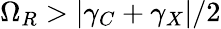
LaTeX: \Omega_{R}>|\gamma_{C}+\gamma_{X}|/2